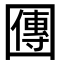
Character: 𡈬